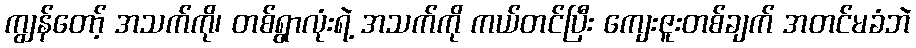
ကျွန်တော့် အသက်ကို၊ တစ်ရွာလုံးရဲ့ အသက်ကို ကယ်တင်ပြီး ကျေးဇူးတစ်ချက် အတင်မခံဘဲ